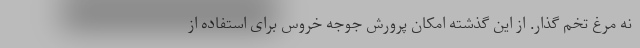
نه مرغ تخم گذار. از این گذشته امکان پرورش جوجه خروس برای استفاده از